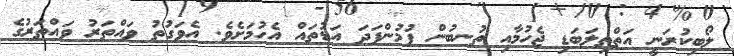
ލޯބިކުރަނީ އަތްތިލަބަޑި ޖެހުމާއި ތުނބުން ފުމުންފަދަ އަޑުތައް އެހުމަށެވެ. އެވަގުތު ވައްތަރު ވައްތަރުގެ